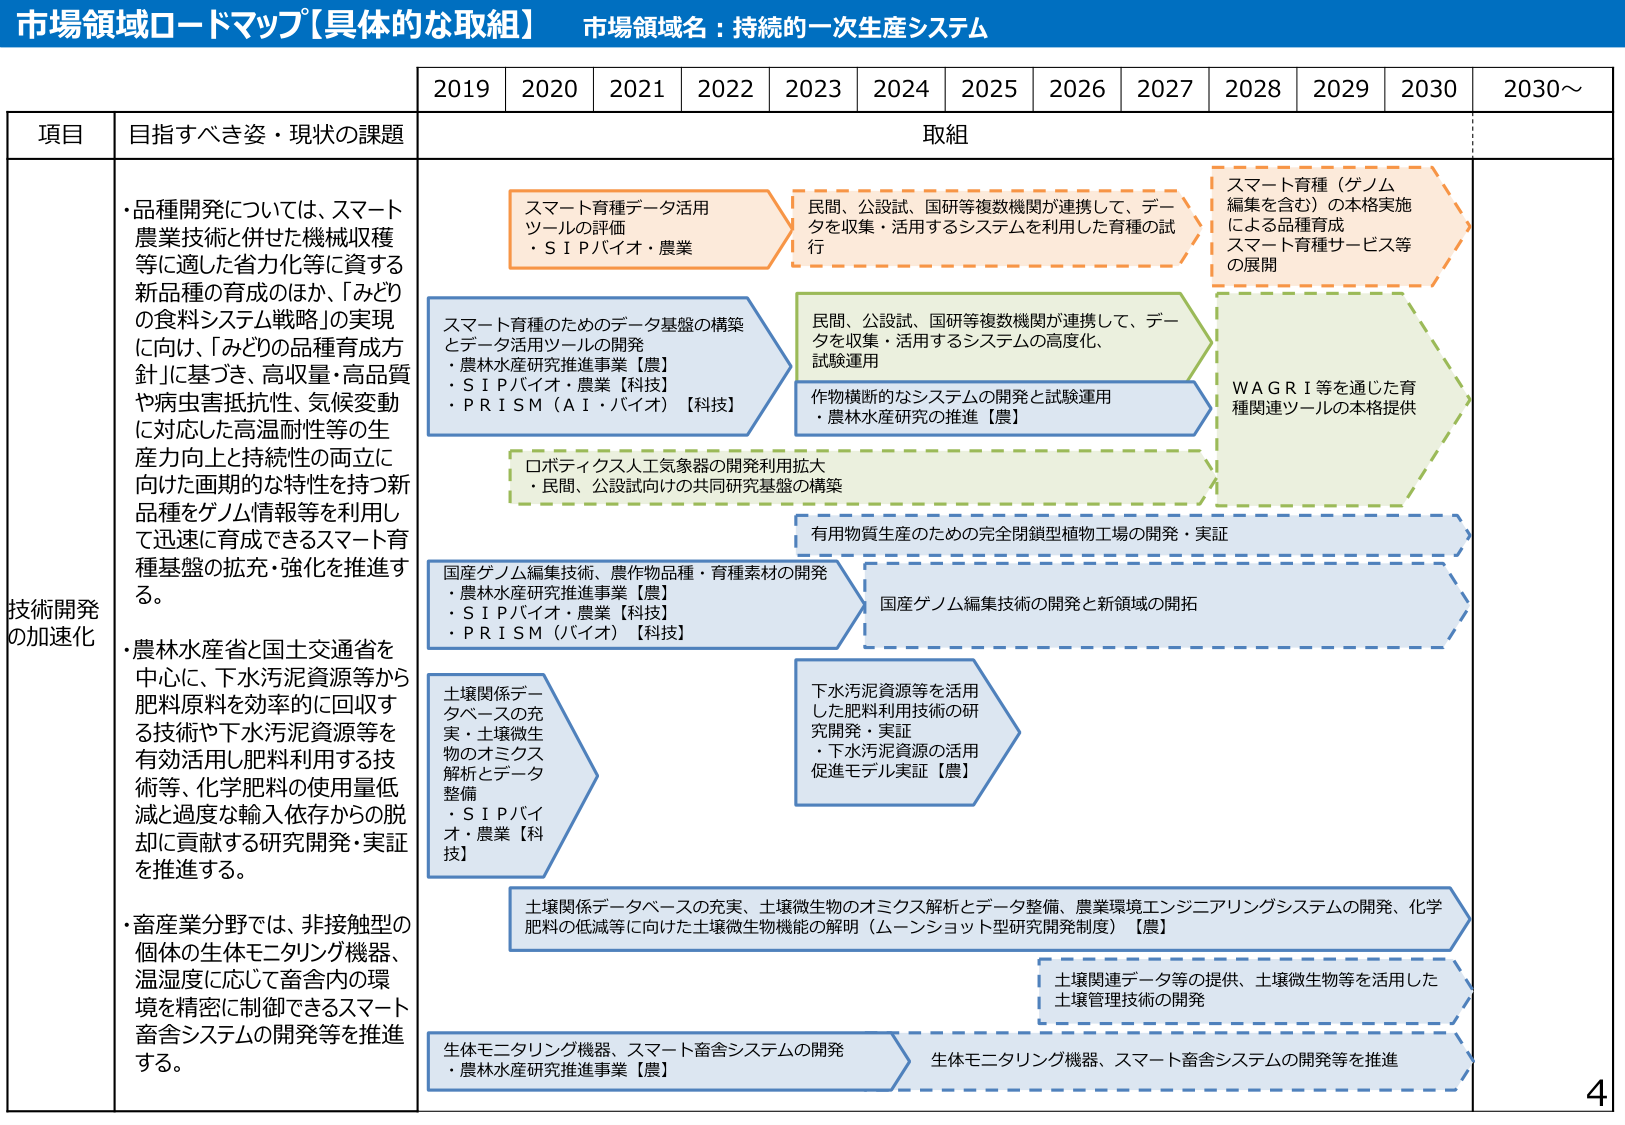
市場領域ロードマップ【具体的な取組】 市場領域名：持続的⼀次⽣産システム

2019 2020 2021 2022 2023 2024 2025 2026 2027 2028 2029 2030 2030～

項⽬ ⽬指すべき姿・現状の課題 取組

技術開発 の加速化
・品種開発については、スマート 農業技術と併せた機械収穫 等に適した省⼒化等に資する 新品種の育成のほか、「みどり の⾷料システム戦略」の実現 に向け、「みどりの品種育成⽅ 針」に基づき、⾼収量・⾼品質 や病⾍害抵抗性、気候変動 に対応した⾼温耐性等の⽣ 産⼒向上と持続性の両⽴に 向けた画期的な特性を持つ新 品種をゲノム情報等を利⽤し て迅速に育成できるスマート育 種基盤の拡充・強化を推進す る。
・農林⽔産省と国⼟交通省を 中⼼に、下⽔汚泥資源等から 肥料原料を効率的に回収す る技術や下⽔汚泥資源等を 有効活⽤し肥料利⽤する技 術等、化学肥料の使⽤量低 減と過度な輸⼊依存からの脱 却に貢献する研究開発・実証 を推進する。
・畜産業分野では、⾮接触型の 個体の⽣体モニタリング機器、 温湿度に応じて畜舎内の環 境を精密に制御できるスマート 畜舎システムの開発等を推進 する。

スマート育種データ活⽤ ツールの評価 ・ＳＩＰバイオ・農業

⺠間、公設試、国研等複数機関が連携して、デー タを収集・活⽤するシステムを利⽤した育種の試 ⾏

スマート育種（ゲノム 編集を含む）の本格実施 による品種育成 スマート育種サービス等 の展開

スマート育種のためのデータ基盤の構築 とデータ活⽤ツールの開発 ・農林⽔産研究推進事業【農】 ・ＳＩＰバイオ・農業【科技】 ・ＰＲＩＳＭ（ＡＩ・バイオ）【科技】

⺠間、公設試、国研等複数機関が連携して、デー タを収集・活⽤するシステムの⾼度化、 試験運⽤

作物横断的なシステムの開発と試験運⽤ ・農林⽔産研究の推進【農】

ＷＡＧＲＩ等を通じた育 種関連ツールの本格提供

ロボティクス⼈⼯気象器の開発利⽤拡⼤ ・⺠間、公設試向けの共同研究基盤の構築

有⽤物質⽣産のための完全閉鎖型植物⼯場の開発・実証

国産ゲノム編集技術、農作物品種・育種素材の開発 ・農林⽔産研究推進事業【農】 ・ＳＩＰバイオ・農業【科技】 ・ＰＲＩＳＭ（バイオ）【科技】

国産ゲノム編集技術の開発と新領域の開拓

⼟壌関係デー タベースの充 実・⼟壌微⽣ 物のオミクス 解析とデータ 整備 ・ＳＩＰバイ オ・農業【科 技】

下⽔汚泥資源等を活⽤ した肥料利⽤技術の研 究開発・実証 ・下⽔汚泥資源の活⽤ 促進モデル実証【農】

⼟壌関係データベースの充実、⼟壌微⽣物のオミクス解析とデータ整備、農業環境エンジニアリングシステムの開発、化学 肥料の低減等に向けた⼟壌微⽣物機能の解明（ムーンショット型研究開発制度）【農】

⼟壌関連データ等の提供、⼟壌微⽣物等を活⽤した ⼟壌管理技術の開発

⽣体モニタリング機器、スマート畜舎システムの開発 ・農林⽔産研究推進事業【農】

⽣体モニタリング機器、スマート畜舎システムの開発等を推進

4